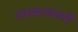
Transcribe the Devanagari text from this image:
रायफलधारी